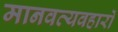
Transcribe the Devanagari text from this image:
मानवव्यवहारों